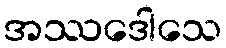
အဿဒေါသေ